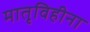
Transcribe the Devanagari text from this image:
मातृविहीना